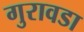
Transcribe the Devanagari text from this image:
गुरावडा